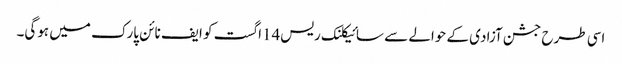
اسی طرح جشن آزادی کے حوالے سے سائیکلنک ریس14اگست کو ایف نائن پارک میں ہوگی۔